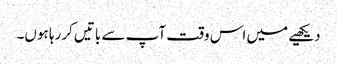
دیکھیے میں اس وقت آپ سے باتیں کررہا ہوں۔